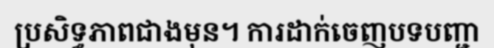
ប្រសិទ្ធភាពជាងមុន។ ការដាក់ចេញបទបញ្ជា